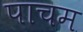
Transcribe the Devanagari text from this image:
पाचम